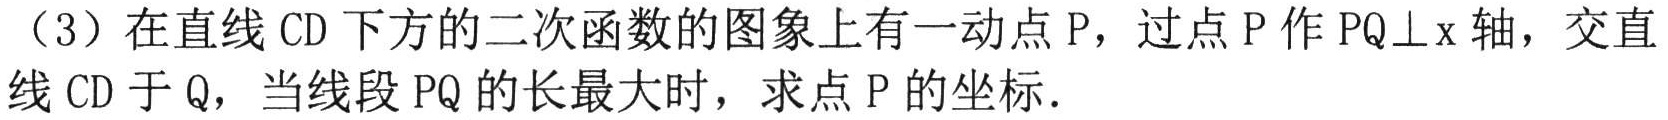
（3）在直线\(CD\)下方的二次函数的图象上有一动点\(P\)，过点\(P\)作\(PQ\perp x\)轴，交直线\(CD\)于\(Q\)，当线段\(PQ\)的长最大时，求点\(P\)的坐标．